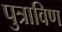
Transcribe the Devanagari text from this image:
पुत्राविण